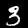
Label: 3